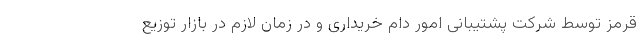
قرمز توسط شرکت پشتیبانی امور دام خریداری و در زمان لازم در بازار توزیع